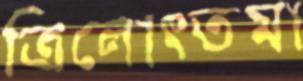
ত্রিলোত্তমা